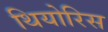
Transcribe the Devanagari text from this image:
थियोरिस